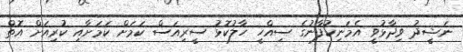
ނަޝީދު ވިދާޅުވީ އެމަނިކުފާނުގެ ސިއްހީ ހާލުކޮޅު ސީރިއަސް ކަމަށް ކަމަށާއި ކުރިއަށް އޮތް